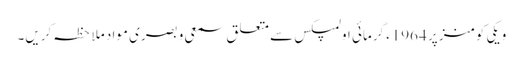
ویکی کومنز پر 1964ء گرمائی اولمپکس سے متعلق سمعی و بصری مواد ملاحظہ کریں۔